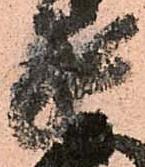
家